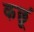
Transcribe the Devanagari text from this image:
कछूं